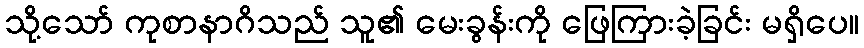
သို့သော် ကုစာနာဂိသည် သူ၏ မေးခွန်းကို ဖြေကြားခဲ့ခြင်း မရှိပေ။